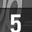
Digit: 5